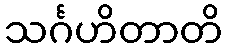
သင်္ဂဟိတာတိ